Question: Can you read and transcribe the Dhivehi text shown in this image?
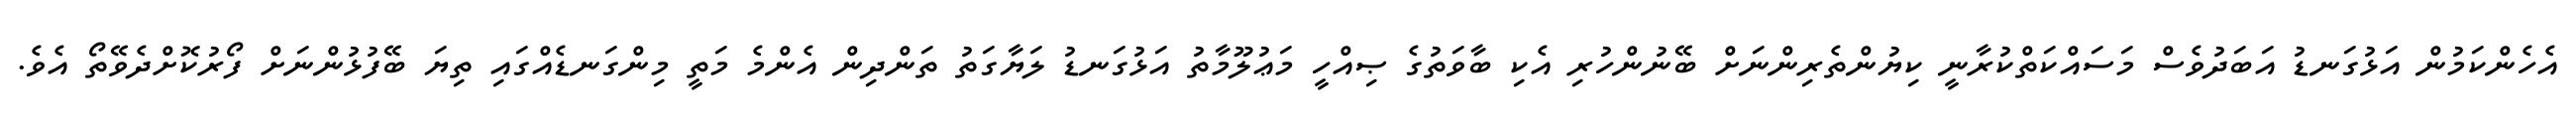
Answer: އެހެންކަމުން އަޅުގަނޑު އަބަދުވެސް މަސައްކަތްކުރާނީ ކިޔުންތެރިންނަށް ބޭނުންހުރި އެކި ބާވަތުގެ ޞިއްހީ މަޢުލޫމާތު އަޅުގަނޑު ލަޔާގަތު ތަންދިން އެންމެ މަތީ މިންގަނޑެއްގައި ތިޔަ ބޭފުޅުންނަށް ފޯރުކޮށްދެވޭތޯ އެވެ.